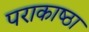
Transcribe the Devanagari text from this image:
पराकाष्‍ठा